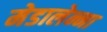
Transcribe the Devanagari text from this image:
मेडालेन्ना